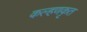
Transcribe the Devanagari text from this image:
कल्हणकृत